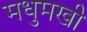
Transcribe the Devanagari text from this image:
मधुमखी